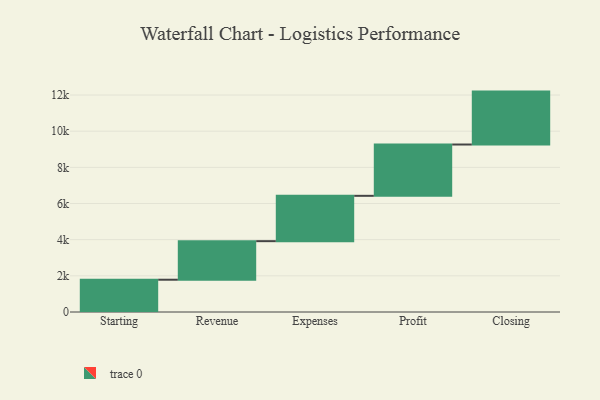
{"axis": {"x": "Step", "y": "Value"}, "legend": [""], "data": [{"x": "Starting", "y": 1785.0, "type": ""}, {"x": "Revenue", "y": 2133.0, "type": ""}, {"x": "Expenses", "y": 2507.0, "type": ""}, {"x": "Profit", "y": 2838.0, "type": ""}, {"x": "Closing", "y": 2926.0, "type": ""}]}